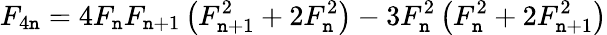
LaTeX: F_{4\mathtt{n}}=4F_{\mathtt{n}}F_{\mathtt{n}+1}\left(F_{\mathtt{n}+1}^{2}+2F_{\mathtt{n}}^{2}\right)-3F_{\mathtt{n}}^{2}\left(F_{\mathtt{n}}^{2}+2F_{\mathtt{n}+1}^{2}\right)